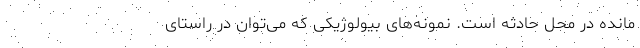
مانده در محل حادثه است. نمونه‌های بیولوژیکی که می‌توان در راستای